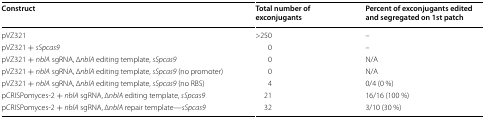
<table><thead><tr><td><b>Construct</b></td><td><b>Total number of exconjugants</b></td><td><b>Percent of exconjugants edited and segregated on 1st patch</b></td></tr></thead><tbody><tr><td>pVZ321</td><td>&gt;250</td><td>–</td></tr><tr><td>pVZ321 + <i>sSpcas9</i></td><td>0</td><td>–</td></tr><tr><td>pVZ321 + <i>nblA</i> sgRNA, ∆<i>nblA</i> editing template, <i>sSpcas9</i></td><td>0</td><td>N/A</td></tr><tr><td>pVZ321 + <i>nblA</i> sgRNA, ∆<i>nblA</i> editing template, <i>sSpcas9</i> (no promoter)</td><td>0</td><td>N/A</td></tr><tr><td>pVZ321 + <i>nblA</i> sgRNA, ∆<i>nblA</i> editing template, <i>sSpcas9</i> (no RBS)</td><td>4</td><td>0/4 (0 %)</td></tr><tr><td>pCRISPomyces-2 + <i>nblA</i> sgRNA, ∆<i>nblA</i> editing template, <i>sSpcas9</i></td><td>21</td><td>16/16 (100 %)</td></tr><tr><td>pCRISPomyces-2 + <i>nblA</i> sgRNA, ∆<i>nblA</i> repair template—<i>sSpcas9</i></td><td>32</td><td>3/10 (30 %)</td></tr></tbody></table>